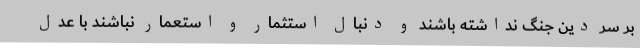
بر سر دین جنگ نداشته باشند و دنبال استثمار و استعمار نباشند با عدل